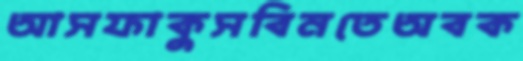
আসফাকুসবিনতেঅবক